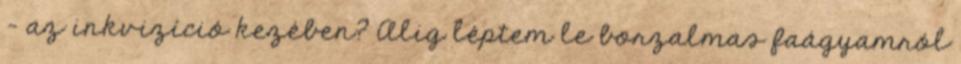
- az inkvizíció kezében? Alig léptem le borzalmas faágyamról